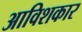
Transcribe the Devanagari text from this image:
अाविशकार